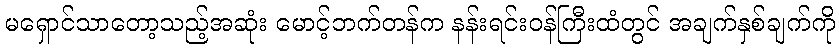
မရှောင်သာတော့သည့်အဆုံး မောင့်ဘက်တန်က နန်းရင်းဝန်ကြီးထံတွင် အချက်နှစ်ချက်ကို